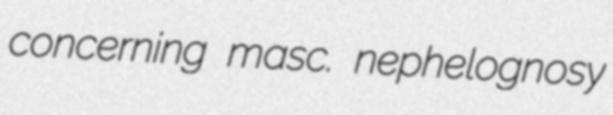
concerning masc. nephelognosy